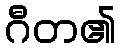
ဂီတ၏